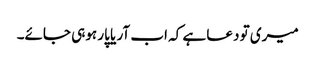
میری تو دعا ہے کہ اب آر یا پار ہوہی جائے۔